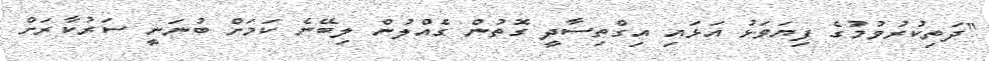
"ދަތިކުރުވުމުގެ ފިޔަވަޅު އަޅައި އިގްތިސާދީ ގޮތުން ގެއްލުން ލިބޭނެ ކަމަށް ބުނަނީ ސަރުކާރަށް